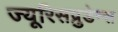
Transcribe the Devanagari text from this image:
ज्यूरिसप्रुडेन्स